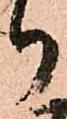
り